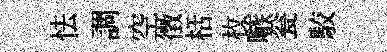
怯調空徴栝枚嗾瓮駮